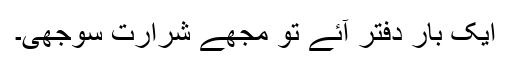
ایک بار دفتر آئے تو مجھے شرارت سوجھی۔